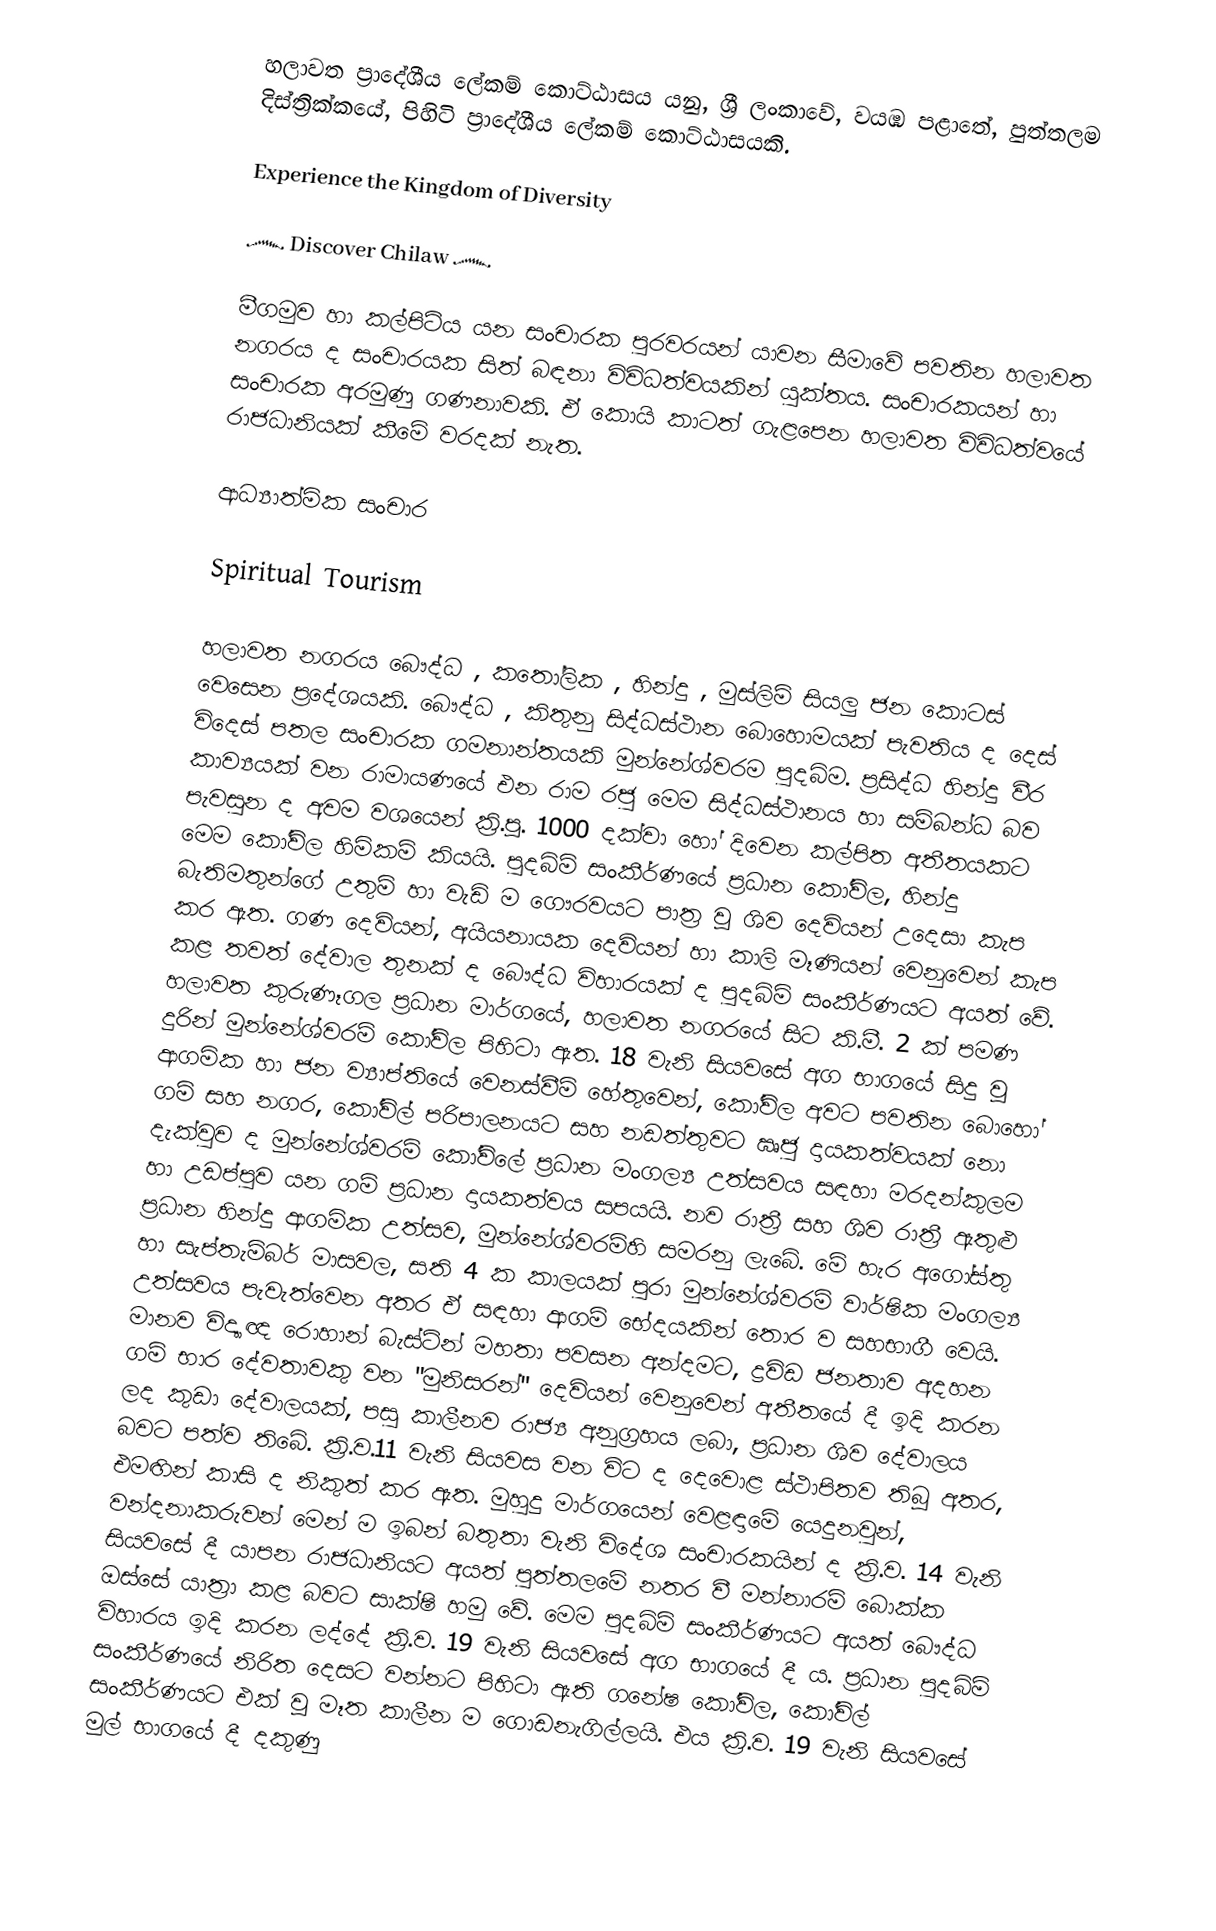
හලාවත ප්‍රාදේශීය ලේකම් කොට්ඨාසය යනු,  ශ්‍රී ලංකාවේ, වයඹ පළාතේ,   පුත්තලම දිස්ත්‍රික්කයේ, පිහිටි ප්‍රාදේශීය ලේකම් කොට්ඨාසයකි.

   Experience the Kingdom of Diversity

      ෴ Discover Chilaw ෴

   මීගමුව හා කල්පිටිය යන සංචාරක පුරවරයන් යාවන සීමාවේ පවතින හලාවත නගරය ද සංචාරයක සිත් බඳනා විවිධත්වයකින් යුක්තය. සංචාරකයන් හා සංචාරක අරමුණු ගණනාවකි. ඒ කොයි කාටත් ගැළපෙන හලාවත විවිධත්වයේ රාජධානියක් කීමේ වරදක් නැත.

ආධ්‍යාත්මික සංචාර

   Spiritual Tourism

හලාවත නගරය බෞද්ධ , කතෝලික , හින්දු , මුස්ලිම් සියලු ජන කොටස් වෙසෙන ප්‍රදේශයකි. බෞද්ධ , කිතුනු සිද්ධස්ථාන බොහොමයක් පැවතිය ද දෙස් විදෙස් පතල සංචාරක ගමනාන්තයකි මුන්නේශ්වරම පුදබිම. ප්‍රසිද්ධ හින්දු වීර කාව්‍යයක් වන රාමායණයේ එන රාම රජු මෙම සිද්ධස්ථානය හා සම්බන්ධ බව පැවසුන ද අවම වශයෙන් ක්‍රි.පූ. 1000 දක්වා හෝ දිවෙන කල්පිත අතීතයකට මෙම කෝවිල හිමිකම් කියයි. පුදබිම් සංකීර්ණයේ ප්‍රධාන කෝවිල, හින්දු බැතිමතුන්ගේ උතුම් හා වැඩි ම ගෞරවයට පාත්‍ර වූ ශිව දෙවියන් උදෙසා කැප කර ඇත. ගණ දෙවියන්, අයියනායක දෙවියන් හා කාලි මෑණියන් වෙනුවෙන් කැප කළ තවත් දේවාල තුනක් ද බෞද්ධ විහාරයක් ද පුදබිම් සංකීර්ණයට අයත් වේ. හලාවත කුරුණෑගල ප්‍රධාන මාර්ගයේ, හලාවත නගරයේ සිට කි.මී. 2 ක් පමණ දුරින් මුන්නේශ්වරම් කෝවිල පිහිටා ඇත. 18 වැනි සියවසේ අග භාගයේ සිදු වූ ආගමික හා ජන ව්‍යාප්තියේ වෙනස්වීම් හේතුවෙන්, කෝවිල අවට පවතින බොහෝ ගම් සහ නගර, කෝවිල් පරිපාලනයට සහ නඩත්තුවට ඍජු දායකත්වයක් නො දැක්වුව ද මුන්නේශ්වරම් කෝවිලේ ප්‍රධාන මංගල්‍ය උත්සවය සඳහා මරදන්කුලම හා උඩප්පුව යන ගම් ප්‍රධාන දායකත්වය සපයයි. නව රාත්‍රී සහ ශිව රාත්‍රී ඇතුළු ප්‍රධාන හින්දු ආගමික උත්සව, මුන්නේශ්වරම්හි සමරනු ලැබේ. මේ හැර අගෝස්තු හා සැප්තැම්බර් මාසවල, සති 4 ක කාලයක් පුරා මුන්නේශ්වරම් වාර්ෂික මංගල්‍ය උත්සවය පැවැත්වෙන අතර ඒ සඳහා ආගම් භේදයකින් තොර ව සහභාගී වෙයි. මානව විද්‍යාඥ රොහාන් බැස්ටින් මහතා පවසන අන්දමට, ද්‍රවිඩ ජනතාව අදහන ගම් භාර දේවතාවකු වන "මුනිසරන්" දෙවියන් වෙනුවෙන් අතීතයේ දී ඉදි කරන ලද කුඩා දේවාලයක්, පසු කාලීනව රාජ්‍ය අනුග්‍රහය ලබා, ප්‍රධාන ශිව දේවාලය බවට පත්ව තිබේ. ක්‍රි.ව.11 වැනි සියවස වන විට ද දෙවොළ ස්ථාපිතව තිබූ අතර, එමඟින් කාසි ද නිකුත් කර ඇත. මුහුදු මාර්ගයෙන් වෙළඳාමේ යෙදුනවුන්, වන්දනාකරුවන් මෙන් ම ඉබන් බතුතා වැනි විදේශ සංචාරකයින් ද ක්‍රි.ව. 14 වැනි සියවසේ දී යාපන රාජධානියට අයත් පුත්තලමේ නතර වී මන්නාරම් බොක්ක ඔස්සේ යාත්‍රා කළ බවට සාක්ෂි හමු වේ. මෙම පුදබිම් සංකීර්ණයට අයත් බෞද්ධ විහාරය ඉදි කරන ලද්දේ ක්‍රි.ව. 19 වැනි සියවසේ අග භාගයේ දී ය. ප්‍රධාන පුදබිම් සංකීර්ණයේ නිරිත දෙසට වන්නට පිහිටා ඇති ගනේෂ කෝවිල, කෝවිල් සංකීර්ණයට එක් වූ මෑත කාලීන ම ගොඩනැගිල්ලයි. එය ක්‍රි.ව. 19 වැනි සියවසේ මුල් භාගයේ දී දකුණු